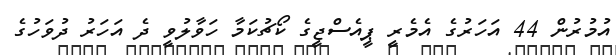
އުމުރުން 44 އަހަރުގެ އެމެރީ ޕީއެސްޖީގެ ކޯޗުކަމާ ހަވާލުވީ ދެ އަހަރު ދުވަހުގެ